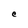
Character: C